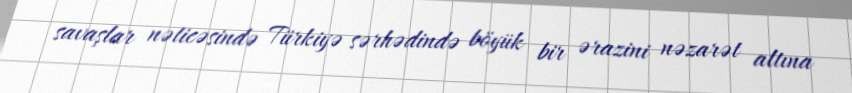
savaşlar nəticəsində Türkiyə sərhədində böyük bir ərazini nəzarət altına